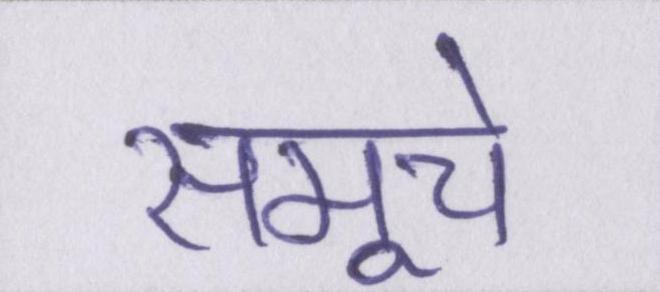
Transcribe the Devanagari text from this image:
समूचे